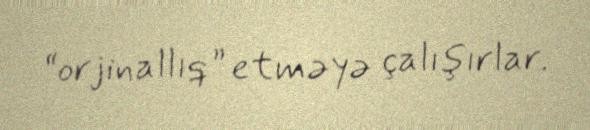
“orjinallıq” etməyə çalışırlar.